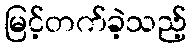
မြင့်တက်ခဲ့သည့်